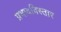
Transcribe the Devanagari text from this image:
प्रभावविस्तार